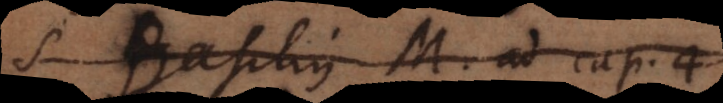
S. Basilius M. ad cap. 4.